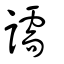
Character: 譳